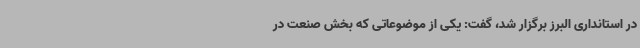
در استانداری البرز برگزار شد، گفت: یکی از موضوعاتی که بخش صنعت در